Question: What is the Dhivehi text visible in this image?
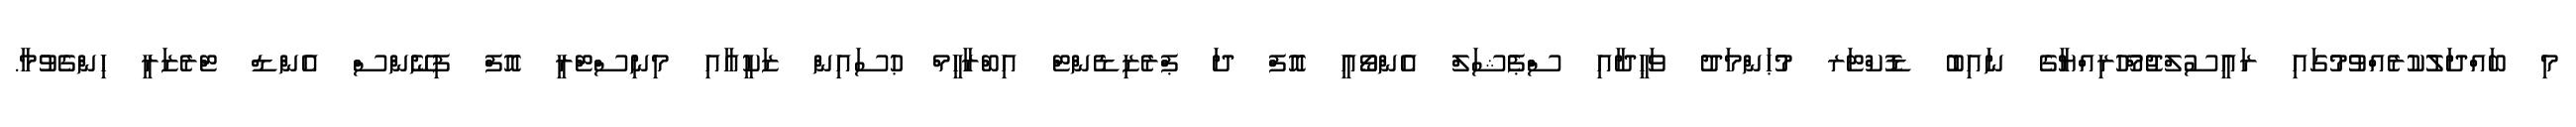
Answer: މި ބައްދަލުކުރެއްވުމުގައި ރައީސުލްޖުމްހޫރިއްޔާގެ ނައިބު ޑޮކްޓަރ މުޙަންމަދު ވަޙީދާއި ސްޕެޝަލް އެންވޯއީ އޮފް ދަ ޕްރެޒިޑެންޓް އިބްރާހީމް ޙުސައިން ޒަކީއާއި މިނިސްޓްރީ އޮފް ފިނޭންސް އެންޑް ޓްރެޒަރީ ހިންގެވުމާ.